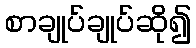
စာချုပ်ချုပ်ဆို၍